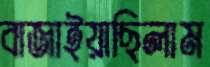
বাজাইয়াছিলাম